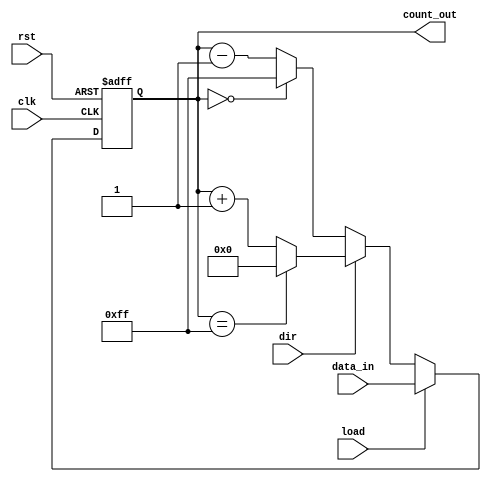
module loadable_counter #(
    parameter N = 8 // Define the bit width of the counter
)(
    input wire clk,              // Clock signal
    input wire rst,              // Asynchronous reset
    input wire load,             // Load signal
    input wire dir,              // Direction signal (1 for up, 0 for down)
    input wire [N-1:0] data_in,  // Data input for loading
    output reg [N-1:0] count_out  // Current count output
);

    // Define the maximum value for N bits
    localparam MAX_COUNT = (1 << N) - 1;

    // Asynchronous reset
    always @(posedge clk or posedge rst) begin
        if (rst) begin
            count_out <= 0; // Reset the counter to zero
        end else if (load) begin
            count_out <= data_in; // Load the preset value
        end else begin
            // Counting logic
            if (dir) begin
                // Count up
                if (count_out == MAX_COUNT) begin
                    count_out <= 0; // Wrap around to zero
                end else begin
                    count_out <= count_out + 1; // Increment
                end
            end else begin
                // Count down
                if (count_out == 0) begin
                    count_out <= MAX_COUNT; // Wrap around to max value
                end else begin
                    count_out <= count_out - 1; // Decrement
                end
            end
        end
    end

endmodule